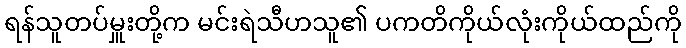
ရန်သူတပ်မှူးတို့က မင်းရဲသီဟသူ၏ ပကတိကိုယ်လုံးကိုယ်ထည်ကို